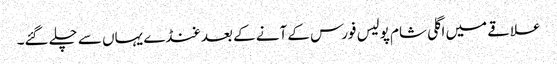
علاقے میں اگلی شام پولیس فورس کے آنے کے بعد غنڈے یہاں سے چلے گئے۔